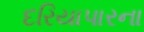
દરિયાપારના